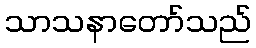
သာသနာတော်သည်